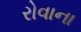
રોવાના